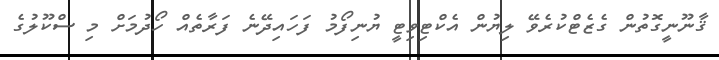
ޤާނޫނީގޮތުން ގެޒެޓްކުރެވޭ ލިޔުން އެކްޓިވިޓީ ޔުނިފޯމު ފަހައިދޭނެ ފަރާތެއް ހޯދުމަށް މި ސްކޫލުގެ